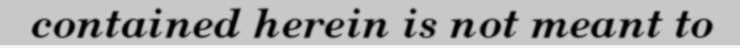
contained herein is not meant to